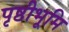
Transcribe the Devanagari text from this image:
पृष्ठीभूमि